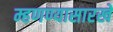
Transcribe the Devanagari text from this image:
म्हणण्यासारखे